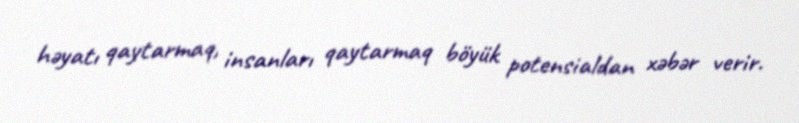
həyatı qaytarmaq, insanları qaytarmaq böyük potensialdan xəbər verir.